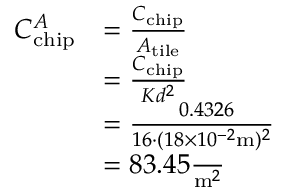
\begin{array} { r l } { C _ { \mathrm { c h i p } } ^ { A } } & { = \frac { C _ { \mathrm { c h i p } } } { A _ { \mathrm { t i l e } } } } \\ & { = \frac { C _ { \mathrm { c h i p } } } { K d ^ { 2 } } } \\ & { = \frac { \ 0 . 4 3 2 6 } { 1 6 \cdot ( 1 8 \times 1 0 ^ { - 2 } \mathrm { m } ) ^ { 2 } } } \\ & { = 8 3 . 4 5 \frac { \ } { \mathrm { m } ^ { 2 } } } \end{array}